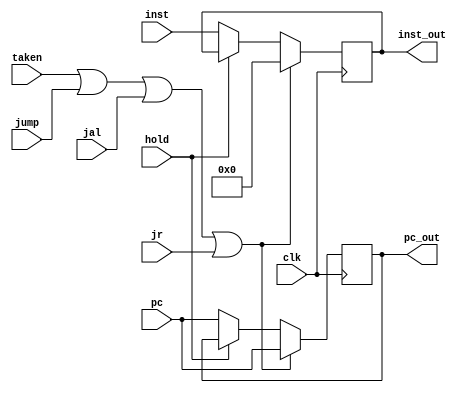


///////////////////////////////// if/id pipeline register ///////////////////////////////////////////
module if_id_reg (inst,pc,inst_out,pc_out,taken,hold,jump,jal,jr,clk);

input [31:0] inst;
input [31:0] pc;
input taken,hold,jump,jal,jr;
input clk;
output [31:0] inst_out;
output [31:0] pc_out;

reg [0:31] if_id_cont [0:1];  //0:inst  1:pc_4

always@(posedge clk)
begin
/* if the branch is taken so the instruction in this stage should be nop also for jump but hold means we have to keep the same instruction*/
if(taken==1 | jump==1 | jal==1 | jr==1)
	begin
		if_id_cont[0]<=32'b0;
		if_id_cont[1]<=pc;
	end
else if(hold==1)
	begin
		if_id_cont[0]<=if_id_cont[0];
		if_id_cont[1]<=if_id_cont[1];
	end
else
	begin
		if_id_cont[0]<=inst;
		if_id_cont[1]<=pc;
	end
end

assign inst_out=if_id_cont[0];
assign pc_out=if_id_cont[1];

initial
begin
	if_id_cont[0]=32'b0;
	if_id_cont[1]=32'b0;
end
endmodule

//////////////////////// id/ex pipeline register  /////////////////////////////////////////
module id_ex_reg (ctrl_signals,pc,read_data1,read_data2,after_sign_ext,rd,rt,rs,
			ctrl_signals_out,pc_out,read_data1_out,read_data2_out,after_sign_ext_out,rd_out,rt_out,rs_out,flush,taken,clk);

input [10:0] ctrl_signals;
input [31:0] pc;
input [31:0] read_data1;
input [31:0] read_data2;
input [31:0] after_sign_ext;
input [4:0] rd;
input [4:0] rt;
input [4:0] rs;
input flush,taken;
input clk;

output [10:0] ctrl_signals_out;
output [31:0] pc_out;
output [31:0] read_data1_out;
output [31:0] read_data2_out;
output [31:0] after_sign_ext_out;
output [4:0] rd_out;
output [4:0] rt_out;
output [4:0] rs_out;

reg [10:0] ctrl_signals_reg;
reg [31:0] data_reg[0:3]; // 0:read_data1   1:read_data2  2:pc  3:after_sign_ext
reg [4:0] reg_regs [0:2]; // 0:rt  1:rd  2: rs

initial
begin
ctrl_signals_reg=11'b0;
data_reg[0]=32'b0;data_reg[1]=32'b0;data_reg[2]=32'b0;data_reg[3]=32'b0;
reg_regs[0]=5'b0;reg_regs[1]=5'b0;reg_regs[2]=5'b0;
end

/*here branch is determined so if taken the ctrl_signals will be zero so for flush means that the instruction will give wrong outputs*/
always@(posedge clk)
begin
if(flush ==1 | taken==1) ctrl_signals_reg<=11'b0;
else ctrl_signals_reg<=ctrl_signals;

data_reg[0]<=read_data1;
data_reg[1]<=read_data2;
data_reg[2]<=pc;
data_reg[3]<=after_sign_ext;

reg_regs[0]<=rt;
reg_regs[1]<=rd;
reg_regs[2]<=rs;

end

assign ctrl_signals_out=ctrl_signals_reg;

assign read_data1_out=data_reg[0];
assign read_data2_out=data_reg[1];
assign pc_out=data_reg[2];
assign after_sign_ext_out=data_reg[3];

assign rt_out=reg_regs[0];
assign rd_out=reg_regs[1];
assign rs_out=reg_regs[2];

endmodule

///////////////////////////////// ex/mem pipeline register /////////////////////////////////
module ex_mem_reg (ctrl_signals,alu_out,read_data2,reg_dst_out,
			ctrl_signals_out,alu_out_out,read_data2_out,reg_dst_out_out,clk);

input [3:0] ctrl_signals;
input [4:0] reg_dst_out;
input [31:0] alu_out;
input [31:0] read_data2;
input clk;

output [3:0] ctrl_signals_out;
output [4:0] reg_dst_out_out;
output [31:0] alu_out_out;
output [31:0] read_data2_out;

reg [3:0] ctrl_signals_reg;
reg [4:0] reg_dst_reg;
reg [31:0] data_regs[0:1]; // 0:alu_out  1:read_data2

initial
begin
ctrl_signals_reg=4'b0;
reg_dst_reg=5'b0;
data_regs[0]=32'b0;
data_regs[1]=32'b0;
end

always@(posedge clk)
begin
ctrl_signals_reg<=ctrl_signals;
reg_dst_reg<=reg_dst_out;
data_regs[0]<=alu_out;
data_regs[1]<=read_data2;
end

assign ctrl_signals_out=ctrl_signals_reg;
assign reg_dst_out_out=reg_dst_reg;
assign alu_out_out=data_regs[0];
assign read_data2_out=data_regs[1];

endmodule

/////////////////////////// mem/wb pipeline register  ///////////////////////////
module mem_wb_reg(ctrl_signals,reg_dst_out,read_data,alu_out,
			ctrl_signals_out,reg_dst_out_out,read_data_out,alu_out_out,clk);

input [1:0] ctrl_signals;
input [4:0] reg_dst_out;
input [31:0] read_data;
input [31:0] alu_out;
input clk;

output [1:0] ctrl_signals_out;
output [4:0] reg_dst_out_out;
output [31:0] read_data_out;
output [31:0] alu_out_out;

reg [1:0] ctrl_signals_reg;
reg [4:0] reg_dst_reg;
reg [31:0] data_regs[0:1]; // 0: read_data   1: alu_out

initial
begin
ctrl_signals_reg=2'b0;
reg_dst_reg=5'b0;
data_regs[0]=32'b0;
data_regs[1]=32'b0;
end

always@(posedge clk)
begin

ctrl_signals_reg<=ctrl_signals;
reg_dst_reg<=reg_dst_out;
data_regs[0]<=read_data;
data_regs[1]<=alu_out;

end

assign ctrl_signals_out=ctrl_signals_reg;
assign reg_dst_out_out=reg_dst_reg;
assign read_data_out=data_regs[0];
assign alu_out_out=data_regs[1];

endmodule

///////////////// pc_counter module to determine the next pc ////////////////////////////////
module pc_counter(pc,pc_id_exe,pc_if_id,after_sign_ext_id_exe,taken,jump,jal,jr,inst_if_id,jr_cont,hold,clk);

output reg  [31:0] pc;
input [31:0] after_sign_ext_id_exe;
input [31:0] pc_id_exe;
input [31:0] pc_if_id;
input taken,jump,jal,jr;
input [31:0] inst_if_id;
input [31:0] jr_cont;
wire [31:0] mux2out;
wire [31:0] next_pc;
input hold;
input clk;

wire [31:0] pc_4;
wire [31:0] pc_4_branch;
wire [31:0] pc_branch;
wire [31:0] pc_jump;
wire [31:0] mux1out;

adder adder1(pc,32'b100,pc_4);
adder adder2(pc_id_exe,32'b100,pc_4_branch);
adder adder3(pc_if_id,32'b100,pc_jump);
adder adder4(pc_4_branch,after_sign_ext_id_exe<<2,pc_branch);
mux2to1 mux1(pc_4,pc_branch,taken,mux1out); // if the bne or beq is true so pc will be the offset+pc+4
mux2to1 mux2(mux1out,{{pc_jump[31:28]},{inst_if_id[25:0]},2'b0},jump|jal,mux2out); // if jump or jal is true so pc will be the label
mux2to1 mux3(mux2out,jr_cont,jr,next_pc); // if jump register is true so pc will be the content of thr register

initial
begin
pc=0;
end
always@(posedge clk)
if(hold==1) pc<=pc;
else pc<=next_pc;

endmodule

////////////////////////// instruction_memory ///////////////////////
module inst_mem (read_address,instruction);
input [31:0] read_address;
output wire [31:0] instruction;
reg [31:0] inst_memory[0:1023];

initial
begin
// change the directory to where you put the files in your pc
$readmemb("E:/courses/co/project/inst_mem.txt",inst_memory);
end

assign instruction=inst_memory[read_address>>2];

endmodule

/////////////////////// data_memory ///////////////////////
module data_mem (address, write_data , memRead ,memWrite,read_data,clk);
input [31:0] address;
input [31:0] write_data ;
input memRead ;
input memWrite;
input clk;
output wire [31:0] read_data;
reg [31:0] data_memory[0:1023];

initial
begin
// change the directory to where you put the files in your pc
$readmemb("E:/courses/co/project/data_mem.txt",data_memory);
end

always@(posedge clk)
begin
if(memWrite)
	data_memory[address>>2]<=write_data;
end

assign read_data=data_memory[address>>2];

endmodule

//////////////////////// register file /////////////////////////////
module reg_file (read_reg1,read_reg2,write_reg,write_data,reg_write,read_data1,read_data2,jal,pcplus4,clk);
input [4:0] read_reg1;
input [4:0] read_reg2;
input [4:0] write_reg;
input [31:0] write_data;
input reg_write;
input jal;
input [31:0]pcplus4;
input clk;
output wire [31:0] read_data1;
output wire [31:0] read_data2;
reg [31:0] reg_f[0:31];
initial
begin
// change the directory to where you put the files in your pc
$readmemb("E:/courses/co/project/reg_f.txt",reg_f);
end

assign read_data1=reg_f[read_reg1];
assign read_data2=reg_f[read_reg2];

always@(negedge clk)
begin
if(reg_write)
	reg_f[write_reg]<=write_data;
	
if (jal && write_reg!=31) // jal is determined in the decoding stage so it writes the value of pc+4 in ra register
   	reg_f[31]<=pcplus4;
end

endmodule

///////////////////////// alu ////////////////////////////////////////////
module real_alu(in1,in2,shamt,op,out,zero_flag);
input [31:0] in1;
input [31:0] in2;
input [3:0] op;
input [4:0] shamt;
output reg  [31:0] out;
output reg zero_flag;
parameter And=4'b0000/*0*/, Or=4'b0001/*1*/, Add=4'b0010/*2*/, Sub=4'b0110/*6*/, Slt=4'b0111/*7*/, Nor=4'b1100/*12*/, Sll=4'b1101 /*13*/,
	  Srl=4'b0011/*3*/, Sra=4'b0100/*4*/, lui=4'b1010/*10*/, slti=4'b0101;
always@(in1,in2,op,shamt)
begin
zero_flag<=0;
case(op)
	And: out<=(in1&in2);
	Or: out<=(in1|in2);
	Add: out<=(in1+in2);
	Sub:
		begin 
		out<=(in1-in2);
		if(in1==in2) zero_flag<=1;
		else zero_flag<=0;
		end

	//slt: the value of out=the sign bit of in1-in2
	
	Slt:
		begin
		out<=(32'b1 & ((in1-in2)>>31));
		end

	Nor: out<=(~(in1|in2));
	Sll: out<=(in2<<shamt);
	Srl: out<=(in2>>shamt);
	Sra: out<=($signed(in2)>>>shamt);
	lui: out<=(in2<<16);
	slti: 
		begin
		out<=(32'b1 & ((in1-in2)>>31));
		end
	
	default:  out<=32'b0;

endcase
end

endmodule

/////////////////////// hazard detection unit ////////////////////////////
module HDU(id_ex_mem_read,id_ex_rt,if_id_rs,if_id_rt,hold);

input id_ex_mem_read;
input [4:0] id_ex_rt;
input [4:0] if_id_rs;
input [4:0] if_id_rt;

output reg hold;

always@(id_ex_mem_read,id_ex_rt,if_id_rs,if_id_rt)
begin
if(id_ex_mem_read & ((id_ex_rt==if_id_rs) | (id_ex_rt==if_id_rt)))  hold=1;
else  hold=0;
end
endmodule

////////////////////////// control unit ///////////////////////////
module ctrl_unit (opcode,mem_write,reg_dst,jump ,branch,mem_to_reg,mem_read,alu_src,reg_write,aluop,
branch_not_eq,jal, jr,  function_bits);
input [5:0] opcode;
input [5:0] function_bits;  // to determine jr in the decoding stage
output reg mem_write;
output reg reg_dst;
output reg jump;
output reg branch;
output reg branch_not_eq; //added to support bne
output reg mem_to_reg;
output reg mem_read;
output reg alu_src;
output reg reg_write;
output reg [2:0] aluop; //aluop became 3 bits not 2 to support more operations
output reg jal;
output reg jr;

always@(opcode,function_bits)
begin
case(opcode)

//R opcode=0
	6'b000_000:
         case(function_bits)

			//jump register: opcode=0; fn=8; it jumps to the address carried by $ra
			//it wont write in RF //same signals as jump except jump=0

		6'b001000: {mem_write,reg_dst,jump ,branch,branch_not_eq,mem_to_reg,mem_read,alu_src,reg_write,aluop,  jal, jr}	<=14'b0x000x0x0xxx01;

			//other R instructions

		default: {mem_write,reg_dst,jump ,branch,branch_not_eq,mem_to_reg,mem_read,alu_src,reg_write,aluop,  jal, jr}	<=14'b01000000101000;

	endcase


//jump: opcode=2

	6'b000010: {mem_write,reg_dst,jump ,branch,branch_not_eq,mem_to_reg,mem_read,alu_src,reg_write,aluop,  jal, jr}<=14'b0x100x0x0xxx00;

//jump and link: opcode=3, jumps and saves address of following instr in $ra
//jump signal will be zero, jal will be one, RF will write=1

	6'b000011: {mem_write,reg_dst,jump ,branch,branch_not_eq,mem_to_reg,mem_read,alu_src,reg_write,aluop,  jal, jr}<=14'b0x000x0x1xxx10;


//lw: opcode=35

	6'b100011: {mem_write,reg_dst,jump ,branch,branch_not_eq,mem_to_reg,mem_read,alu_src,reg_write,aluop,  jal, jr}<=14'b00000111100000;

//sw: opcode=43

	6'b101011: {mem_write,reg_dst,jump ,branch,branch_not_eq,mem_to_reg,mem_read,alu_src,reg_write,aluop,  jal, jr}<=14'b1x000x01000000;

//beq: opcode=4

	6'b000100: {mem_write,reg_dst,jump ,branch,branch_not_eq,mem_to_reg,mem_read,alu_src,reg_write,aluop,  jal, jr}<=14'b0x010x00000100;

//bne:op code=5
//same bits as beq except for branch will be zero and branch not will be one

	6'b000101: {mem_write,reg_dst,jump ,branch,branch_not_eq,mem_to_reg,mem_read,alu_src,reg_write,aluop,  jal, jr}<=14'b0x001x00000100;
	

//addi: op=8
//doesnot write in memory, writes in rt, no jump or beq or bne, mem to reg=0 to take alu o/p, doesnot read from mem
//alu src=1 to take immediate value, writes in RF=1, aluop=000 to add

	6'b001000: {mem_write,reg_dst,jump ,branch,branch_not_eq,mem_to_reg,mem_read,alu_src,reg_write,aluop,  jal, jr}<=14'b00000001100000;

//ori: op=13 :1101
//same bits as addi except in alu_op=100 for or operation

	6'b001101: {mem_write,reg_dst,jump ,branch,branch_not_eq,mem_to_reg,mem_read,alu_src,reg_write,aluop,  jal, jr}<=14'b00000001110000;

//andi:op=12: 1100
//same bits as ori except in alu_op=011

	6'b001100: {mem_write,reg_dst,jump ,branch,branch_not_eq,mem_to_reg,mem_read,alu_src,reg_write,aluop,  jal, jr}<=14'b00000001101100;

//slti: op=10 : 1010
//same bits as ori but alu will slti, alu_op=110

	6'b001010: {mem_write,reg_dst,jump ,branch,branch_not_eq,mem_to_reg,mem_read,alu_src,reg_write,aluop,  jal, jr}<=14'b00000001111000;

//lui: op=15: 1111
//takes the immediate value then shifts it by 16 to left, stores it in $rt
//doesnot write ine mem, writes in rt,no jumo, no beq.no bne, memtoreg=0 it takes value of alu o/p,
//doesnot read from mem, aku_src=1 uses immediate value, writes in reg, uses alu_op=101 to shift

	6'b001111: {mem_write,reg_dst,jump ,branch,branch_not_eq,mem_to_reg,mem_read,alu_src,reg_write,aluop, jal, jr}<=14'b00000001110100;

	default: {mem_write,reg_dst,jump ,branch,branch_not_eq,mem_to_reg,mem_read,alu_src,reg_write,aluop, jal, jr}<=14'b00000000000000;


endcase
end

endmodule

///////////////////// 32-bits 2to1 mux //////////////////////
module mux2to1(in1,in2,sel,out);
input [31:0] in1;
input [31:0] in2;
input sel;

output reg [31:0] out;

always@(in1,in2,sel)
begin
case(sel)
	1'b0: out<=in1;
	1'b1: out<=in2;
endcase
end

endmodule

//////////////////// 5-bits 2to1 mux //////////////////////////
module mux5_2to1(in1,in2,sel,out);
input [4:0] in1;
input [4:0] in2;
input sel;

output reg [4:0] out;

always@(in1,in2,sel)
begin
case(sel)
	1'b0: out<=in1;
	1'b1: out<=in2;
endcase
end

endmodule
//////////////////////////// 32-bits input 3to1 mux /////////////////////////
module mux3to1(in1,in2,in3,sel,out);
input [31:0] in1;
input [31:0] in2;
input [31:0] in3;
input [1:0] sel;
output reg [31:0] out;
always@(in1,in2,in3,sel)
begin
case(sel)
	2'b00: out<=in1;
	2'b01: out<=in2;
	2'b10: out<=in3;
	2'b11: out<=in1;
endcase
end

endmodule

////////////////////////////// adder ////////////////////////////////
module adder(in1,in2,out);
input [31:0] in1;
input [31:0] in2;

output reg [31:0] out;

always@(in1,in2)
out<=in1+in2;

endmodule

///////////////////// sign extension ///////////////////////////////
module sign_ext(in,out);
input [15:0] in;
output reg [31:0] out;
always@(in)
out<={{16{in[15]}},in}; 
endmodule

/////////////////////// alu control /////////////////////////// 
module alu_control(control_bits, aluop, function_bits );

output reg [3:0]control_bits; //extended alu_op to 3 bits instead of 2 to accomodate ori, andi

input [2:0]aluop;
input [5:0]function_bits;
parameter And=4'b0000/*0*/, Or=4'b0001/*1*/, Add=4'b0010/*2*/, Sub=4'b0110/*6*/, Slt=4'b0111/*7*/, Nor=4'b1100/*12*/, Sll=4'b1101 /*13*/,
	  Srl=4'b0011/*3*/, Sra=4'b0100/*4*/, lui=4'b1010/*10*/, slti=4'b0101; //these shifts control bits aren't standardized

always@(aluop, function_bits)
begin
case(aluop)
	3'b000: control_bits<=Add;
	3'b001: control_bits<=Sub;
	3'b010:
	begin
	case(function_bits)
		6'b100_000: control_bits<=Add;
		6'b100_010: control_bits<=Sub;
		6'b100_100: control_bits<=And;
		6'b100_101: control_bits<=Or;
		6'b101_010: control_bits<=Slt;
		6'b100_111: control_bits<=Nor;
		6'b000_000: control_bits<=Sll;
		6'b000_010: control_bits<=Srl;
		6'b000_011: control_bits<=Sra;
		default   : control_bits<=4'b0000;
	endcase
	end
	
	3'b011: control_bits<=And; //andi operation
	3'b100: control_bits<=Or;  //ori operation
	3'b101: control_bits<=lui; //load upper immediate
	3'b110: control_bits<=slti; //set on less than immediate
	default   : control_bits<=4'b0000;
endcase

end
endmodule

///////////////Forwarding unit detection module/////////////////
module forwarding_unit (forwarding_a , forwarding_b , id_ex_rs , id_ex_rt, ex_mem_rd , mem_wb_rd , ex_mem_regwrite , mem_wb_regwrite ); 
output reg [1:0] forwarding_a; /* it will be selector in mux that selects between (reg data and last alu result and before last alu result  )*/
output reg [1:0] forwarding_b; /* it will be selector in mux that selects between (reg data and last alu result and before last alu result  )*/

input  wire [4:0] id_ex_rs; 
input  wire [4:0] id_ex_rt;
input  wire [4:0] ex_mem_rd;
input  wire [4:0] mem_wb_rd;
input  wire       ex_mem_regwrite;
input  wire       mem_wb_regwrite;

always@(id_ex_rs , id_ex_rt, ex_mem_rd , mem_wb_rd , ex_mem_regwrite , mem_wb_regwrite)
begin
/*forwarding due to 1 &2 instruction for a */
	if( (ex_mem_regwrite) && (ex_mem_rd!=0) && (ex_mem_rd==id_ex_rs) )
		begin 
			forwarding_a <= 2'b10;
		end

	else if((mem_wb_regwrite) && (mem_wb_rd !=0) && (mem_wb_rd==id_ex_rs))
		begin 
			forwarding_a <= 2'b01;
		end
	else 
		begin
			forwarding_a <= 2'b00;
		end

/*forwarding due to 1 &2 instruction for b */
	if( (ex_mem_regwrite) && (ex_mem_rd!=0) && (ex_mem_rd==id_ex_rt) )
		begin 
			forwarding_b <= 2'b10;
		end

	else if( (mem_wb_regwrite) && (mem_wb_rd !=0) && (mem_wb_rd==id_ex_rt))
		begin 
			forwarding_b <= 2'b01;
		end
	else 
		begin
			forwarding_b <= 2'b00;
		end
end 
endmodule


///////////////////////////////// pipeline processor integration module ///////////////////////
module pipeline_processor(clk);

input clk;
wire [31:0] pc;
wire [31:0] after_sign_ext_id_exe;
wire [31:0] after_sign_ext;
wire [31:0] pc_id_exe;
wire [31:0] pc_if_id;
wire [31:0] pc_plus_4;
wire taken,jump,jal,jr;
wire [31:0] inst_if_id;
wire [31:0] instruction;
wire flush;
wire mem_write;
wire reg_dst;
wire branch;
wire branch_not_eq; 
wire mem_to_reg;
wire mem_read;
wire alu_src;
wire reg_write;
wire [2:0] aluop;
wire [31:0] write_data;
wire [31:0] read_data1; //output reg_file
wire [31:0] read_data2; //output reg_file
wire [10:0] ctrl_signals_id_exe;
wire [31:0] read_data1_id_exe;
wire [31:0] read_data2_id_exe;
wire [4:0] rd_id_exe;
wire [4:0] rt_id_exe;
wire [4:0] rs_id_exe;
wire [31:0] in1; //first input to alu
wire [31:0] in2; //second input to alu
wire [31:0] out; //input to exe_mem it will use in case sw
wire [4:0]  actual_destination; // it will be rt or rd
wire [3:0]  control_bits; // output alu control
wire [31:0] alu_out;
wire zero_flag;
wire [3:0] ctrl_signals_exe_mem;
wire [4:0] reg_dst_exe_mem;
wire [31:0] alu_out_exe_mem;
wire [31:0] read_data2_exe_mem;
wire [31:0] data_mem_out;
wire [1:0] ctrl_signals_mem_wb;
wire [4:0] reg_dst_mem_wb;
wire [31:0] data_mem_out_mem_wb;
wire [31:0] alu_out_mem_wb;
wire [1:0] forwarding_a; /* it will be selector in mux that selects between (reg data and last alu result and before last alu result  )*/
wire [1:0] forwarding_b; /* it will be selector in mux that selects between (reg data and last alu result and before last alu result  )*/


pc_counter M1( pc , pc_id_exe , pc_if_id , after_sign_ext_id_exe , taken,jump , jal , jr , inst_if_id , read_data1,flush , clk );

inst_mem   M2( pc , instruction ); 

if_id_reg  M3( instruction , pc , inst_if_id , pc_if_id , taken , flush , jump , jal , jr , clk ); 

ctrl_unit  M4( inst_if_id[31:26] , mem_write , reg_dst , jump , branch , mem_to_reg , mem_read , alu_src , reg_write , aluop , branch_not_eq , jal , jr ,inst_if_id[5:0]); 

adder      M25(32'b100 , pc_if_id , pc_plus_4 );

reg_file   M5( inst_if_id[25:21] , inst_if_id[20:16] , reg_dst_mem_wb , write_data , ctrl_signals_mem_wb[0], read_data1 ,read_data2 ,jal,pc_plus_4, clk );

sign_ext   M6( inst_if_id[15:0] , after_sign_ext );


id_ex_reg  M7({ mem_write , reg_dst , branch , branch_not_eq , mem_to_reg , mem_read , alu_src , reg_write , aluop }
                , pc_if_id , read_data1 , read_data2 , after_sign_ext , inst_if_id[15:11] , inst_if_id[20:16] , inst_if_id[25:21] ,
		ctrl_signals_id_exe , pc_id_exe , read_data1_id_exe , read_data2_id_exe , after_sign_ext_id_exe , rd_id_exe ,rt_id_exe , rs_id_exe ,
		flush,taken,clk);

mux3to1    M8( read_data1_id_exe , write_data , alu_out_exe_mem , forwarding_a , in1/*first input to alu*/);

mux3to1    M9( read_data2_id_exe , write_data , alu_out_exe_mem , forwarding_b , out/*input to exe_mem it will use in case sw*/);

mux2to1   M10( out, after_sign_ext_id_exe , ctrl_signals_id_exe[4] , in2/*second input to alu*/);

mux5_2to1 M11( rt_id_exe , rd_id_exe , ctrl_signals_id_exe[9] , actual_destination );

alu_control M12( control_bits , ctrl_signals_id_exe[2:0] , after_sign_ext_id_exe [5:0] );

real_alu    M13( in1 , in2 , after_sign_ext_id_exe[10:6] , control_bits , alu_out , zero_flag );

assign taken=((zero_flag&ctrl_signals_id_exe[8])|((~(zero_flag))&ctrl_signals_id_exe[7]));

ex_mem_reg  M18( {ctrl_signals_id_exe[10], ctrl_signals_id_exe[6] , ctrl_signals_id_exe[5] , ctrl_signals_id_exe[3] }
		, alu_out , out , actual_destination
		, ctrl_signals_exe_mem , alu_out_exe_mem , read_data2_exe_mem , reg_dst_exe_mem , clk );

data_mem    M19( alu_out_exe_mem , read_data2_exe_mem , ctrl_signals_exe_mem[1] , ctrl_signals_exe_mem[3] , data_mem_out , clk);


mem_wb_reg  M20( {ctrl_signals_exe_mem[2] , ctrl_signals_exe_mem[0] }
		, reg_dst_exe_mem , data_mem_out , alu_out_exe_mem , ctrl_signals_mem_wb , reg_dst_mem_wb , data_mem_out_mem_wb , alu_out_mem_wb , clk);


mux2to1     M21( data_mem_out_mem_wb , alu_out_mem_wb , ~ctrl_signals_mem_wb[1] , write_data );


forwarding_unit M22( forwarding_a , forwarding_b , rs_id_exe , rt_id_exe , reg_dst_exe_mem , reg_dst_mem_wb , ctrl_signals_exe_mem[0] , ctrl_signals_mem_wb[0] ); 


HDU  M23(ctrl_signals_id_exe[5] , rt_id_exe , inst_if_id[25:21] , inst_if_id[20:16] , flush );

endmodule 

////////////////////// testbench just to generate the clock ////////////////////////
module pro_pipe_test;
reg clk;
pipeline_processor pp(clk);
initial
begin
$monitor("%b",clk);
clk=0;
end
always #2 clk=~clk;

endmodule